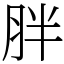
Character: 胖